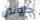
كارولين